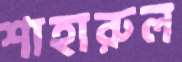
শাহারুল